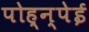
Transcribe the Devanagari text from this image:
पोह्न्पेई